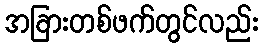
အခြားတစ်ဖက်တွင်လည်း